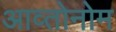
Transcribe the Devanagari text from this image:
आव्तोनोम